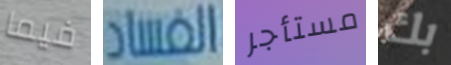
فيما الفساد مستأجر بك